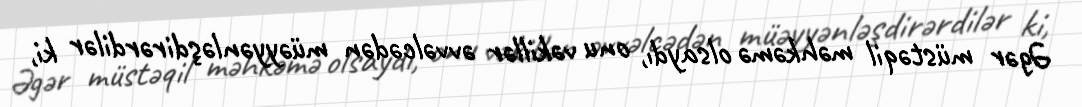
Əgər müstəqil məhkəmə olsaydı, onu vəkillər əvvəlcədən müəyyənləşdirərdilər ki,